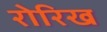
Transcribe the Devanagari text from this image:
रोरिख